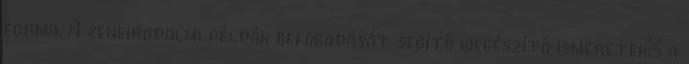
forma. A zeneirodalmi példák befogadását segítő kiegészítő ismeretek: a